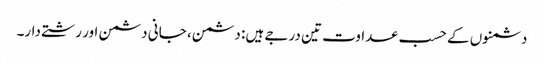
دشمنوں کے حسب عداوت تین درجے ہیں: دشمن، جانی دشمن اور رشتے دار۔